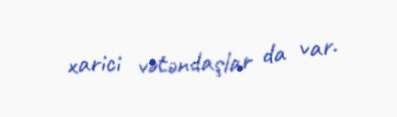
xarici vətəndaşlar da var.